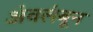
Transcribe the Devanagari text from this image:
अंवलंबून